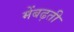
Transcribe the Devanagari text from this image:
मेंबढ़ती